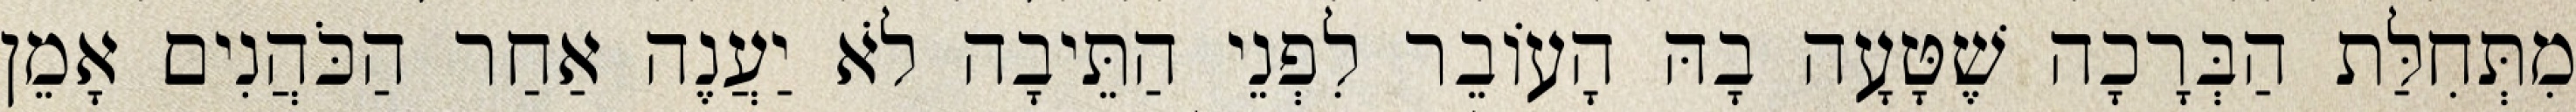
מִתְּחִלַּת הַבְּרָכָה שֶׁטָּעָה בָהּ הָעוֹבֵר לִפְנֵי הַתֵּיבָה לֹא יַעֲנֶה אַחַר הַכֹּהֲנִים אָמֵן